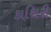
કાથિરી